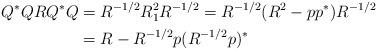
LaTeX: \begin{align*}Q^*QRQ^*Q & = R^{-1/2} R_1^2 R^{-1/2} = R^{-1/2} (R^2 - pp^*) R^{-1/2} \\ &= R- R^{-1/2}p (R^{-1/2}p)^* \end{align*}